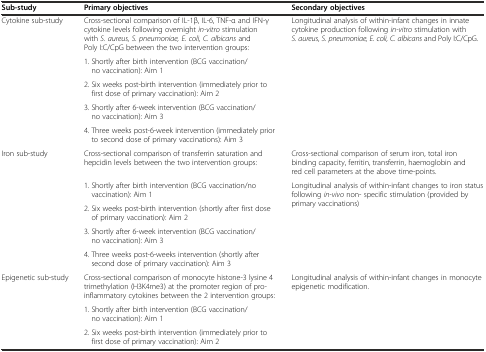
| Sub-study | Primary objectives | Secondary objectives |
 | --- | --- | --- |
 | <ROWSPAN=5> Cytokine sub-study | Cross-sectional comparison of IL-1β, IL-6, TNF-α and IFN-γ cytokine levels following overnight in-vitro stimulation with S. aureus, S. pneumoniae, E. coli, C. albicans and Poly I:C/CpG between the two intervention groups: | <ROWSPAN=5> Longitudinal analysis of within-infant changes in innate cytokine production following in-vitro stimulation with S. aureus, S. pneumoniae, E. coli, C. albicans and Poly I:C/CpG. |
 | 1. Shortly after birth intervention (BCG vaccination/no vaccination): Aim 1 |
 | 2. Six weeks post-birth intervention (immediately prior to first dose of primary vaccination): Aim 2 |
 | 3. Shortly after 6-week intervention (BCG vaccination/no vaccination): Aim 3 |
 | 4. Three weeks post-6-week intervention (immediately prior to second dose of primary vaccinations): Aim 3 |
 | <ROWSPAN=5> Iron sub-study | Cross-sectional comparison of transferrin saturation and hepcidin levels between the two intervention groups: | Cross-sectional comparison of serum iron, total iron binding capacity, ferritin, transferrin, haemoglobin and red cell parameters at the above time-points. |
 | 1. Shortly after birth intervention (BCG vaccination/no vaccination): Aim 1 | <ROWSPAN=4> Longitudinal analysis of within-infant changes to iron status following in-vivo non- specific stimulation (provided by primary vaccinations) |
 | 2. Six weeks post-birth intervention (shortly after first dose of primary vaccination): Aim 2 |
 | 3. Shortly after 6-week intervention (BCG vaccination/no vaccination): Aim 3 |
 | 4. Three weeks post-6-weeks intervention (shortly after second dose of primary vaccination): Aim 3 |
 | <ROWSPAN=3> Epigenetic sub-study | Cross-sectional comparison of monocyte histone-3 lysine 4 trimethylation (H3K4me3) at the promoter region of pro-inflammatory cytokines between the 2 intervention groups: | <ROWSPAN=3> Longitudinal analysis of within-infant changes in monocyte epigenetic modification. |
 | 1. Shortly after birth intervention (BCG vaccination/no vaccination): Aim 1 |
 | 2. Six weeks post-birth intervention (immediately prior to first dose of primary vaccination): Aim 2 |